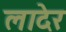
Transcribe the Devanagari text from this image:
लादेर